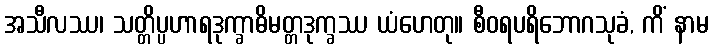
အသီလဿ၊ သတ္တိပ္ပဟာရဒုက္ခာဓိမတ္တဒုက္ခဿ ယံဟေတု။ စီဝရပရိဘောဂသုခံ, ကိံ နာမ